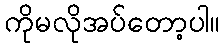
ကိုမလိုအပ်တော့ပါ။